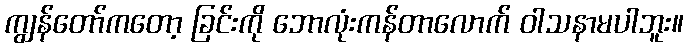
ကျွန်တော်ကတော့ ခြင်းကို ဘောလုံးကန်တာလောက် ဝါသနာမပါဘူး။